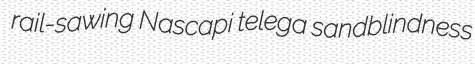
rail-sawing Nascapi telega sandblindness